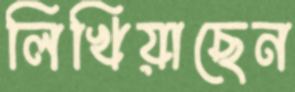
লিখিয়াছেন